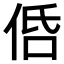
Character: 𠈲